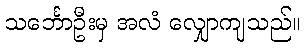
သင်္ဘောဦးမှ အလံ လျှောကျသည်။